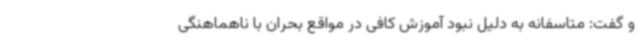
و گفت: متاسفانه به دلیل نبود آموزش کافی در مواقع بحران با ناهماهنگی